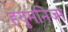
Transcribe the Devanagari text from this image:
हयुमनिज्म